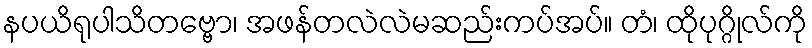
နပယိရုပါသိတဗ္ဗော၊ အဖန်တလဲလဲမဆည်းကပ်အပ်။ တံ၊ ထိုပုဂ္ဂိုလ်ကို